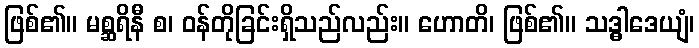
ဖြစ်၏။ မစ္ဆရိနီ စ၊ ဝန်တိုခြင်းရှိသည်လည်း။ ဟောတိ၊ ဖြစ်၏။ သဒ္ဓါဒေယျံ၊